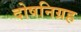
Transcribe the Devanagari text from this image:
दोषनिग्रह